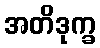
အတိဒုက္ခ